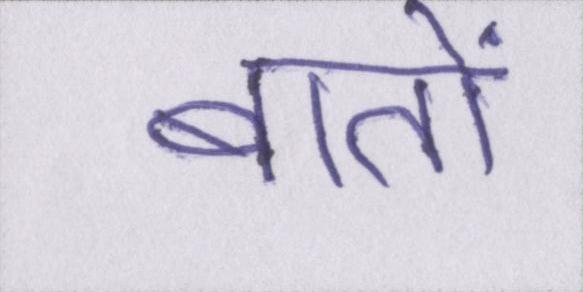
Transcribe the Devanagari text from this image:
बातों